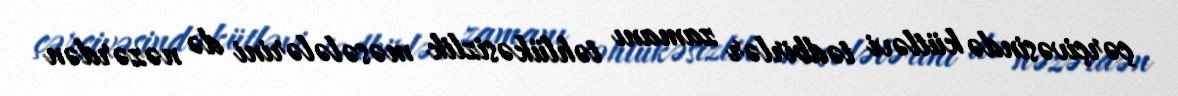
çərçivəsində kütləvi tədbirlər zamanı təhlükəsizlik məsələlərini də nəzərdən